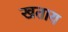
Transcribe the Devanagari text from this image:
खताय